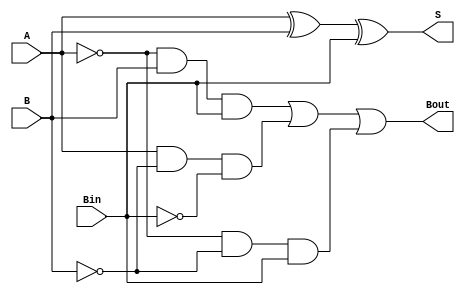
module full_subtractor (
    input A, 
    input B, 
    input Bin, 
    output S, 
    output Bout
);

reg diff;
reg borrow;

assign S = A ^ B ^ Bin;
assign Bout = (~A & B & Bin) | (A & ~B & ~Bin) | (~A & ~B & Bin);

endmodule